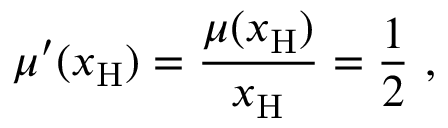
\mu ^ { \prime } ( x _ { \mathrm { H } } ) = \frac { \mu ( x _ { \mathrm { H } } ) } { x _ { \mathrm { H } } } = \frac { 1 } { 2 } \ ,